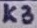
Text: K3